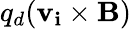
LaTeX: q_{d}(\mathbf{v_{i}}\times\mathbf{B})